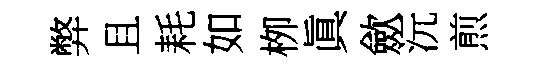
弊且耗如栁眞歛沅煎